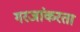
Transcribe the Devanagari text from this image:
गरजांकरता